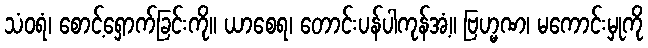
သံဝရံ၊ စောင့်ရှောက်ခြင်းကို။ ယာစေရ၊ တောင်းပန်ပါကုန်အံ့။ ဗြဟ္မဏ၊ မကောင်းမှုကို